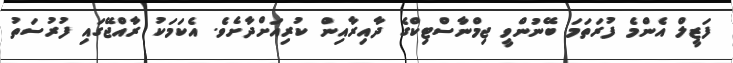
ފަޒީލް އެންމެ ފުރަތަމަ ބޭނުންވީ ޖިމްނާސްޓިކްގެ ދާއިރާއިން ކުރިއަށްދާށެވެ. އެކަމަކު ރާއްޖޭގައި ފުރުސަތު